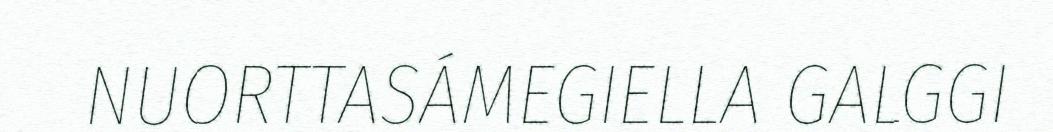
NUORTTASÁMEGIELLA GALGGI